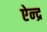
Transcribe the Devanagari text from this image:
ऐन्‍द्र